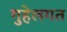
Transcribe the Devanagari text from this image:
गुहेलगत